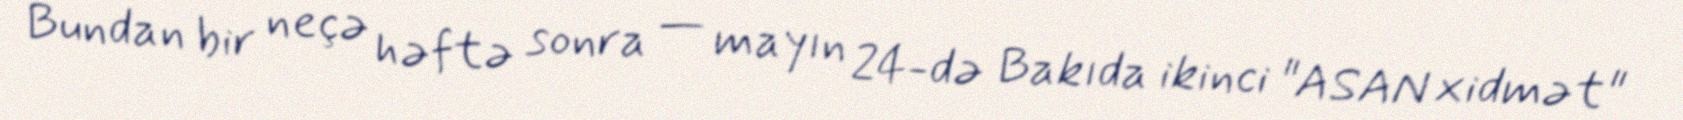
Bundan bir neçə həftə sonra — mayın 24-də Bakıda ikinci "ASAN xidmət"